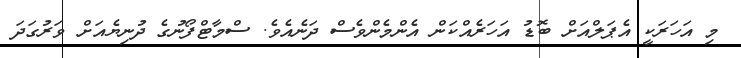
މި އަހަރަކީ އެޕަލްއަށް ބޮޑު އަހަރެއްކަން އެންމެންވެސް ދަނެއެވެ. ސްމާޓްފޯނުގެ ދުނިޔެއަށް ވަރުގަދަ